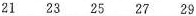
21 23 25 27 29